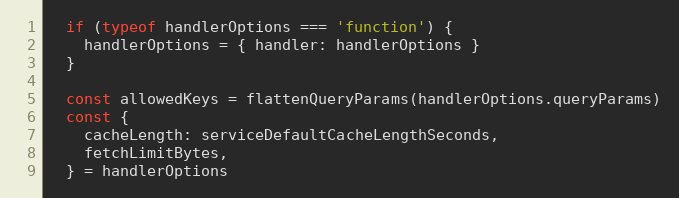
Language: JavaScript
  if (typeof handlerOptions === 'function') {
    handlerOptions = { handler: handlerOptions }
  }

  const allowedKeys = flattenQueryParams(handlerOptions.queryParams)
  const {
    cacheLength: serviceDefaultCacheLengthSeconds,
    fetchLimitBytes,
  } = handlerOptions